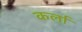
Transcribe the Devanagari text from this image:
कर्ला